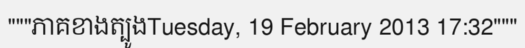
"""ភាគខាងត្បូងTuesday, 19 February 2013 17:32"""